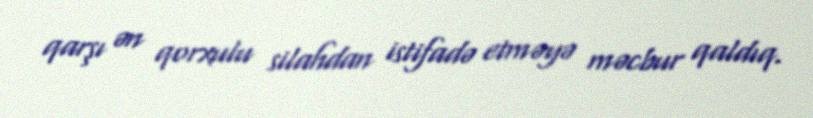
qarşı ən qorxulu silahdan istifadə etməyə məcbur qaldıq.